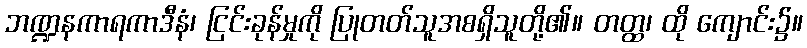
ဘဏ္ဍနကာရကာဒီနံ၊ ငြင်းခုန်မှုကို ပြုတတ်သူအစရှိသူတို့၏။ တတ္ထ၊ ထို ကျောင်း၌။